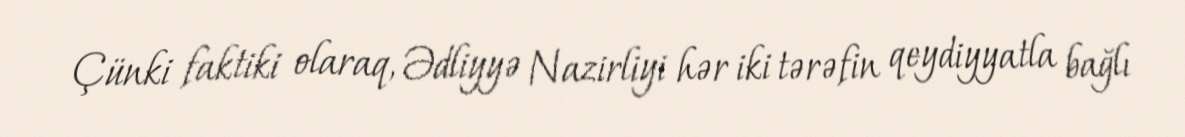
Çünki faktiki olaraq, Ədliyyə Nazirliyi hər iki tərəfin qeydiyyatla bağlı